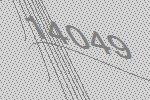
14049